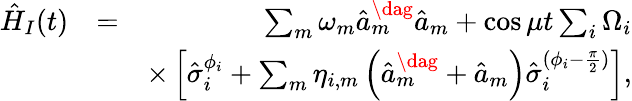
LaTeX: \begin{array}{rlr}{\hat{H}_{I}(t)}&{=}&{\sum_{m}\omega_{m}\hat{a}_{m}^{\dag}\hat{a}_{m}+\cos\mu t\sum_{i}\Omega_{i}}\\ &{}&{\times\left[\hat{\sigma}_{i}^{\phi_{i}}+\sum_{m}\eta_{i,m}\left(\hat{a}_{m}^{\dag}+\hat{a}_{m}\right)\hat{\sigma}_{i}^{(\phi_{i}-\frac{\pi}{2})}\right],}\end{array}